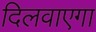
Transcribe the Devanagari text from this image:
दिलवाएगा